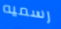
رسميه